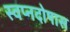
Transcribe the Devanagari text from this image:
स्वप्नदोषास